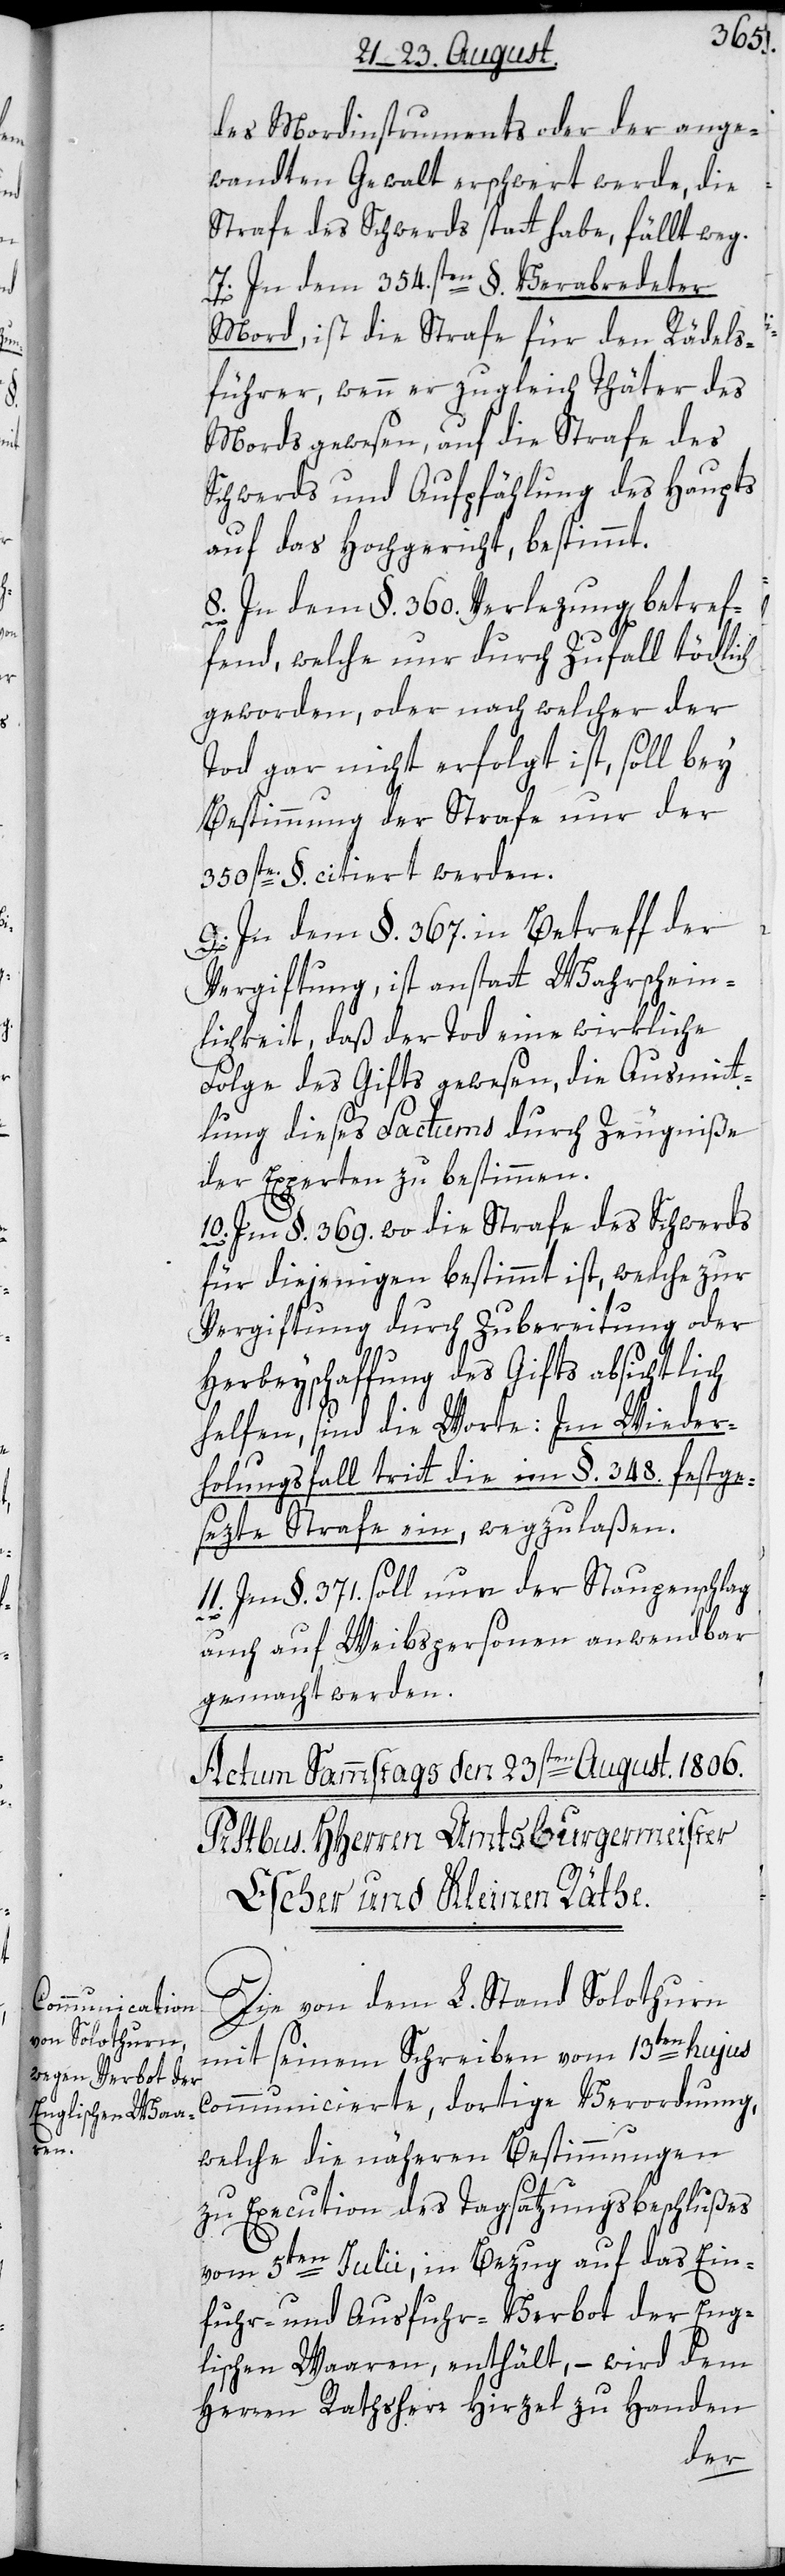
des Mordinstruments oder der ange¬
wandten Gewalt erschwert werde, die
Strafe des Schwerds statt habe, fällt weg.
7. In dem 354.sten §. Verabredeter
Mord, ist die Strafe für den Rädels¬
führer, wenn er zugleich Thäter des
Mords gewesen, auf die Strafe des
Schwerds und Aufpfählung des Haupts
auf das Hochgericht, bestimmt.
8. In dem §. 360. Verlezung betref¬
fend, welche nur durch Zufall tödlich
geworden, oder nach welcher der
Tod gar nicht erfolgt ist, soll bey
Bestimmung der Strafe nur der
350ste. § citiert werden.
9. In dem §. 367. in Betreff der
Vergiftung, ist anstatt Wahrschein¬
lichkeit, daß der Tod eine wirkliche
Folge des Gifts gewesen, die Ausmit¬
tlung dieses Factums durch Zeugniße
der Experten zu bestimmen.
10. Im §. 369., wo die Strafe des Schwerds
für diejenigen bestimmt ist, welche zur
Vergiftung durch Zubereitung oder
Herbeyschaffung des Gifts absichtlich
helfen, sind die Worte: Im Wieder¬
holungsfall tritt die im §. 348. festge¬
sezte Strafe ein, wegzulaßen.
11. Im §. 371. soll nun der Staupenschlag
auch auf Weibspersonen anwendbar
gemacht werden.
Die von dem L. Stand Solothurn
mit seinem Schreiben vom 13ten hujus
communicierte, dortige Verordnung,
welche die nähern Bestimmungen
zu Execution des Tagsatzungsbeschlußes
vom 5ten Julii, in Bezug auf das Ein¬
fuhr- und Ausfuhr-Verbot der Eng¬
lischen Waaren, enthält, – wird dem
Herren Rathsherr Hirzel zu Handen